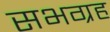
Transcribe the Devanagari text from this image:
सभग्रह